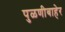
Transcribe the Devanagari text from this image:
पुळणीबाहेर